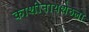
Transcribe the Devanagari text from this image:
काशीनाथशेठला